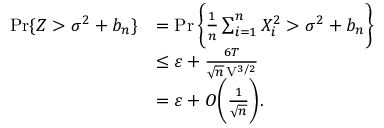
\begin{array} { r l } { \operatorname* { P r } \{ Z > \sigma ^ { 2 } + b _ { n } \} } & { = \operatorname* { P r } \bigg \{ \frac { 1 } { n } \sum _ { i = 1 } ^ { n } X _ { i } ^ { 2 } > \sigma ^ { 2 } + b _ { n } \bigg \} } \\ & { \leq \varepsilon + \frac { 6 T } { \sqrt { n } \, \mathrm { V } ^ { 3 / 2 } } } \\ & { = \varepsilon + O \bigg ( \frac { 1 } { \sqrt { n } } \bigg ) . } \end{array}